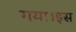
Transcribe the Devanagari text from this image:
गया।इस